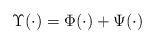
LaTeX: \begin{align*}\Upsilon(\cdot) = \Phi(\cdot) + \Psi(\cdot)\end{align*}